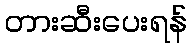
တားဆီးပေးရန်